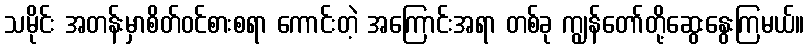
သမိုင်း အတန်းမှာစိတ်ဝင်စားစရာ ကောင်းတဲ့ အကြောင်းအရာ တစ်ခု ကျွန်တော်တို့ဆွေးနွေးကြမယ်။